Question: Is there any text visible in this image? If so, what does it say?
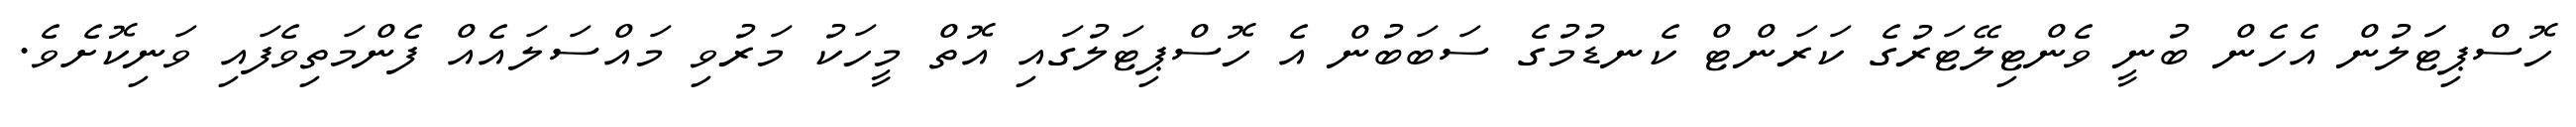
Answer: ހޮސްޕިޓަަލުން އެހެން ބުނީ ވެންޓިލޭޓަރުގެ ކަރަންޓް ކެނޑުމުގެ ސަބަބުން އެ ހޮސްޕިޓަލުގައި އޮތް މީހަކު މަރުވި މައްސަލައެއް ފެންމަތިވެފައި ވަނިކޮށެވެ.